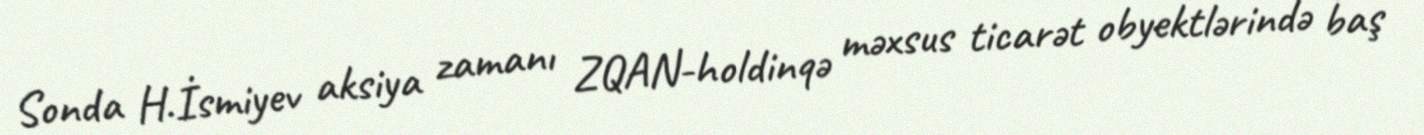
Sonda H.İsmiyev aksiya zamanı ZQAN-holdinqə məxsus ticarət obyektlərində baş